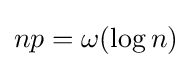
np=\omega (\log n)